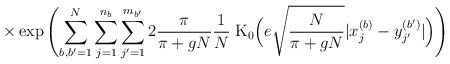
\begin{align*}\times\exp \left(\sum_{b, b^\prime=1}^N \sum_{j=1}^{n_b} \sum_{j^\prime=1}^{m_{b^\prime}}2 \frac{\pi}{\pi+gN} \frac{1}{N} \; \mbox{K}_0\Big( e \sqrt{\frac{N}{\pi+gN}} |x_j^{(b)} - y_{j^\prime}^{(b^\prime)}|\Big) \right)\end{align*}